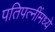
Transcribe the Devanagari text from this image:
पतिपत्‍नींमध्ये